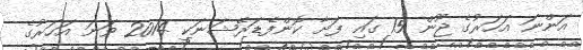
އަންނަ އަހަރުގެ ޖޫން 15 ގައި ފަށާ ކޮންފެޑަރޭޝަނަކީ 2014 ވަނަ އަހަރުގެ